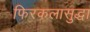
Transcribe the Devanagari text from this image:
फिरकलासुद्धा